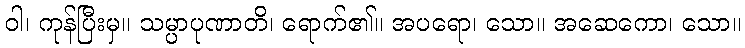
ဝါ၊ ကုန်ပြီးမှ။ သမ္ပာပုဏာတိ၊ ရောက်၏။ အပရော၊ သော။ အဆေကော၊ သော။